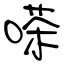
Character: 嗏